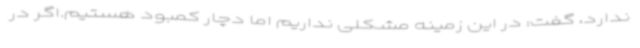
ندارد، گفت‌: در این زمینه مشکلی نداریم اما دچار کمبود هستیم.اگر در